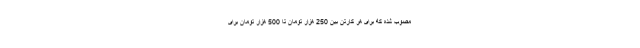
مصوب شده که برای هر کارتن بین 250 هزار تومان تا 500 هزار تومان برای